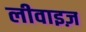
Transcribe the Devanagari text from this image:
लीवाइज़